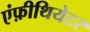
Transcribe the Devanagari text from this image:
एंफ़ीथियेटर